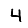
Digit: 4